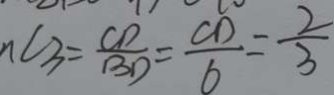
n C _ { 3 } = \frac { C D } { B D } = \frac { C D } { 6 } = \frac { 2 } { 3 }